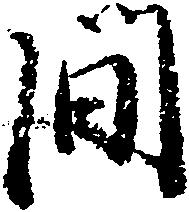
間